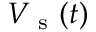
V _ { \mathrm { ~ s ~ } } ( t )